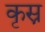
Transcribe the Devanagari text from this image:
कृस्न